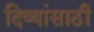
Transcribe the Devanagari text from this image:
दिव्यांसाठी